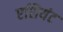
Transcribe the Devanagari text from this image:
एशियंट